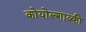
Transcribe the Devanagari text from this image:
कोयोल्शाव्की